Bréfritari: Jónatan Þorláksson
Viðtakandi: Jón Borgfirðings Jónsson
Dagsetning: A-1868-09-13
Skrifað á: Þórðarstöðum  S-Þing.

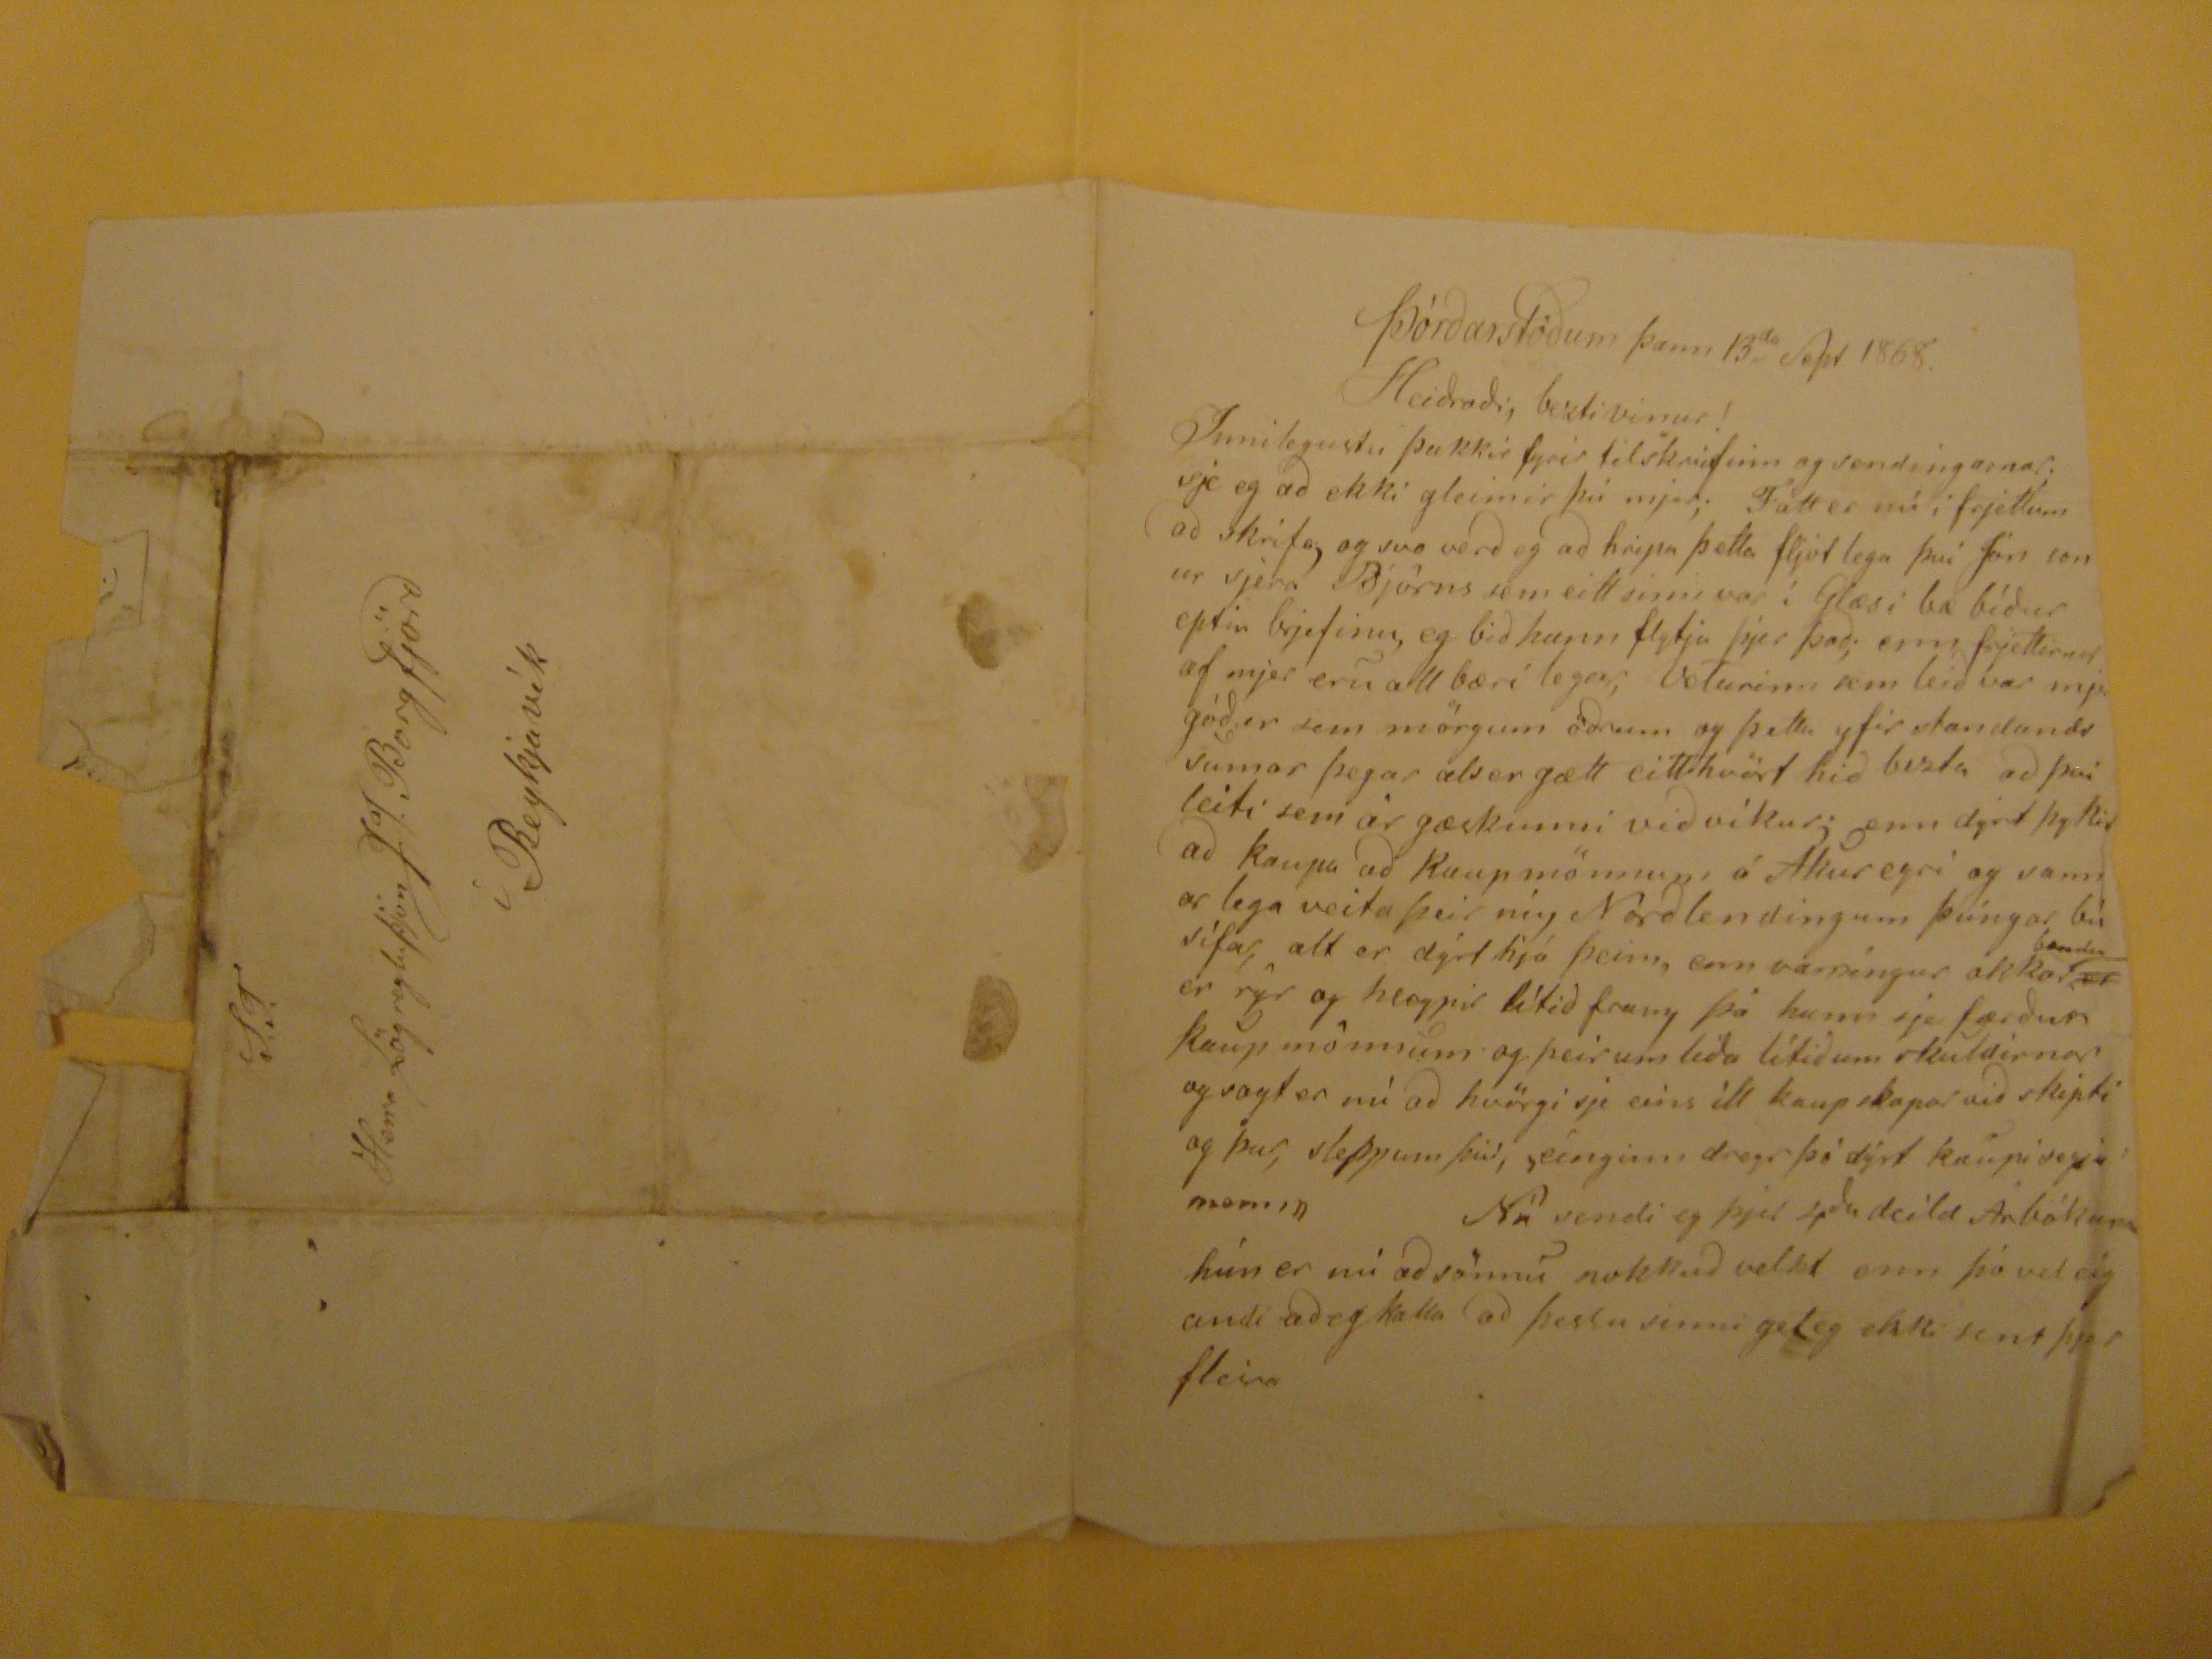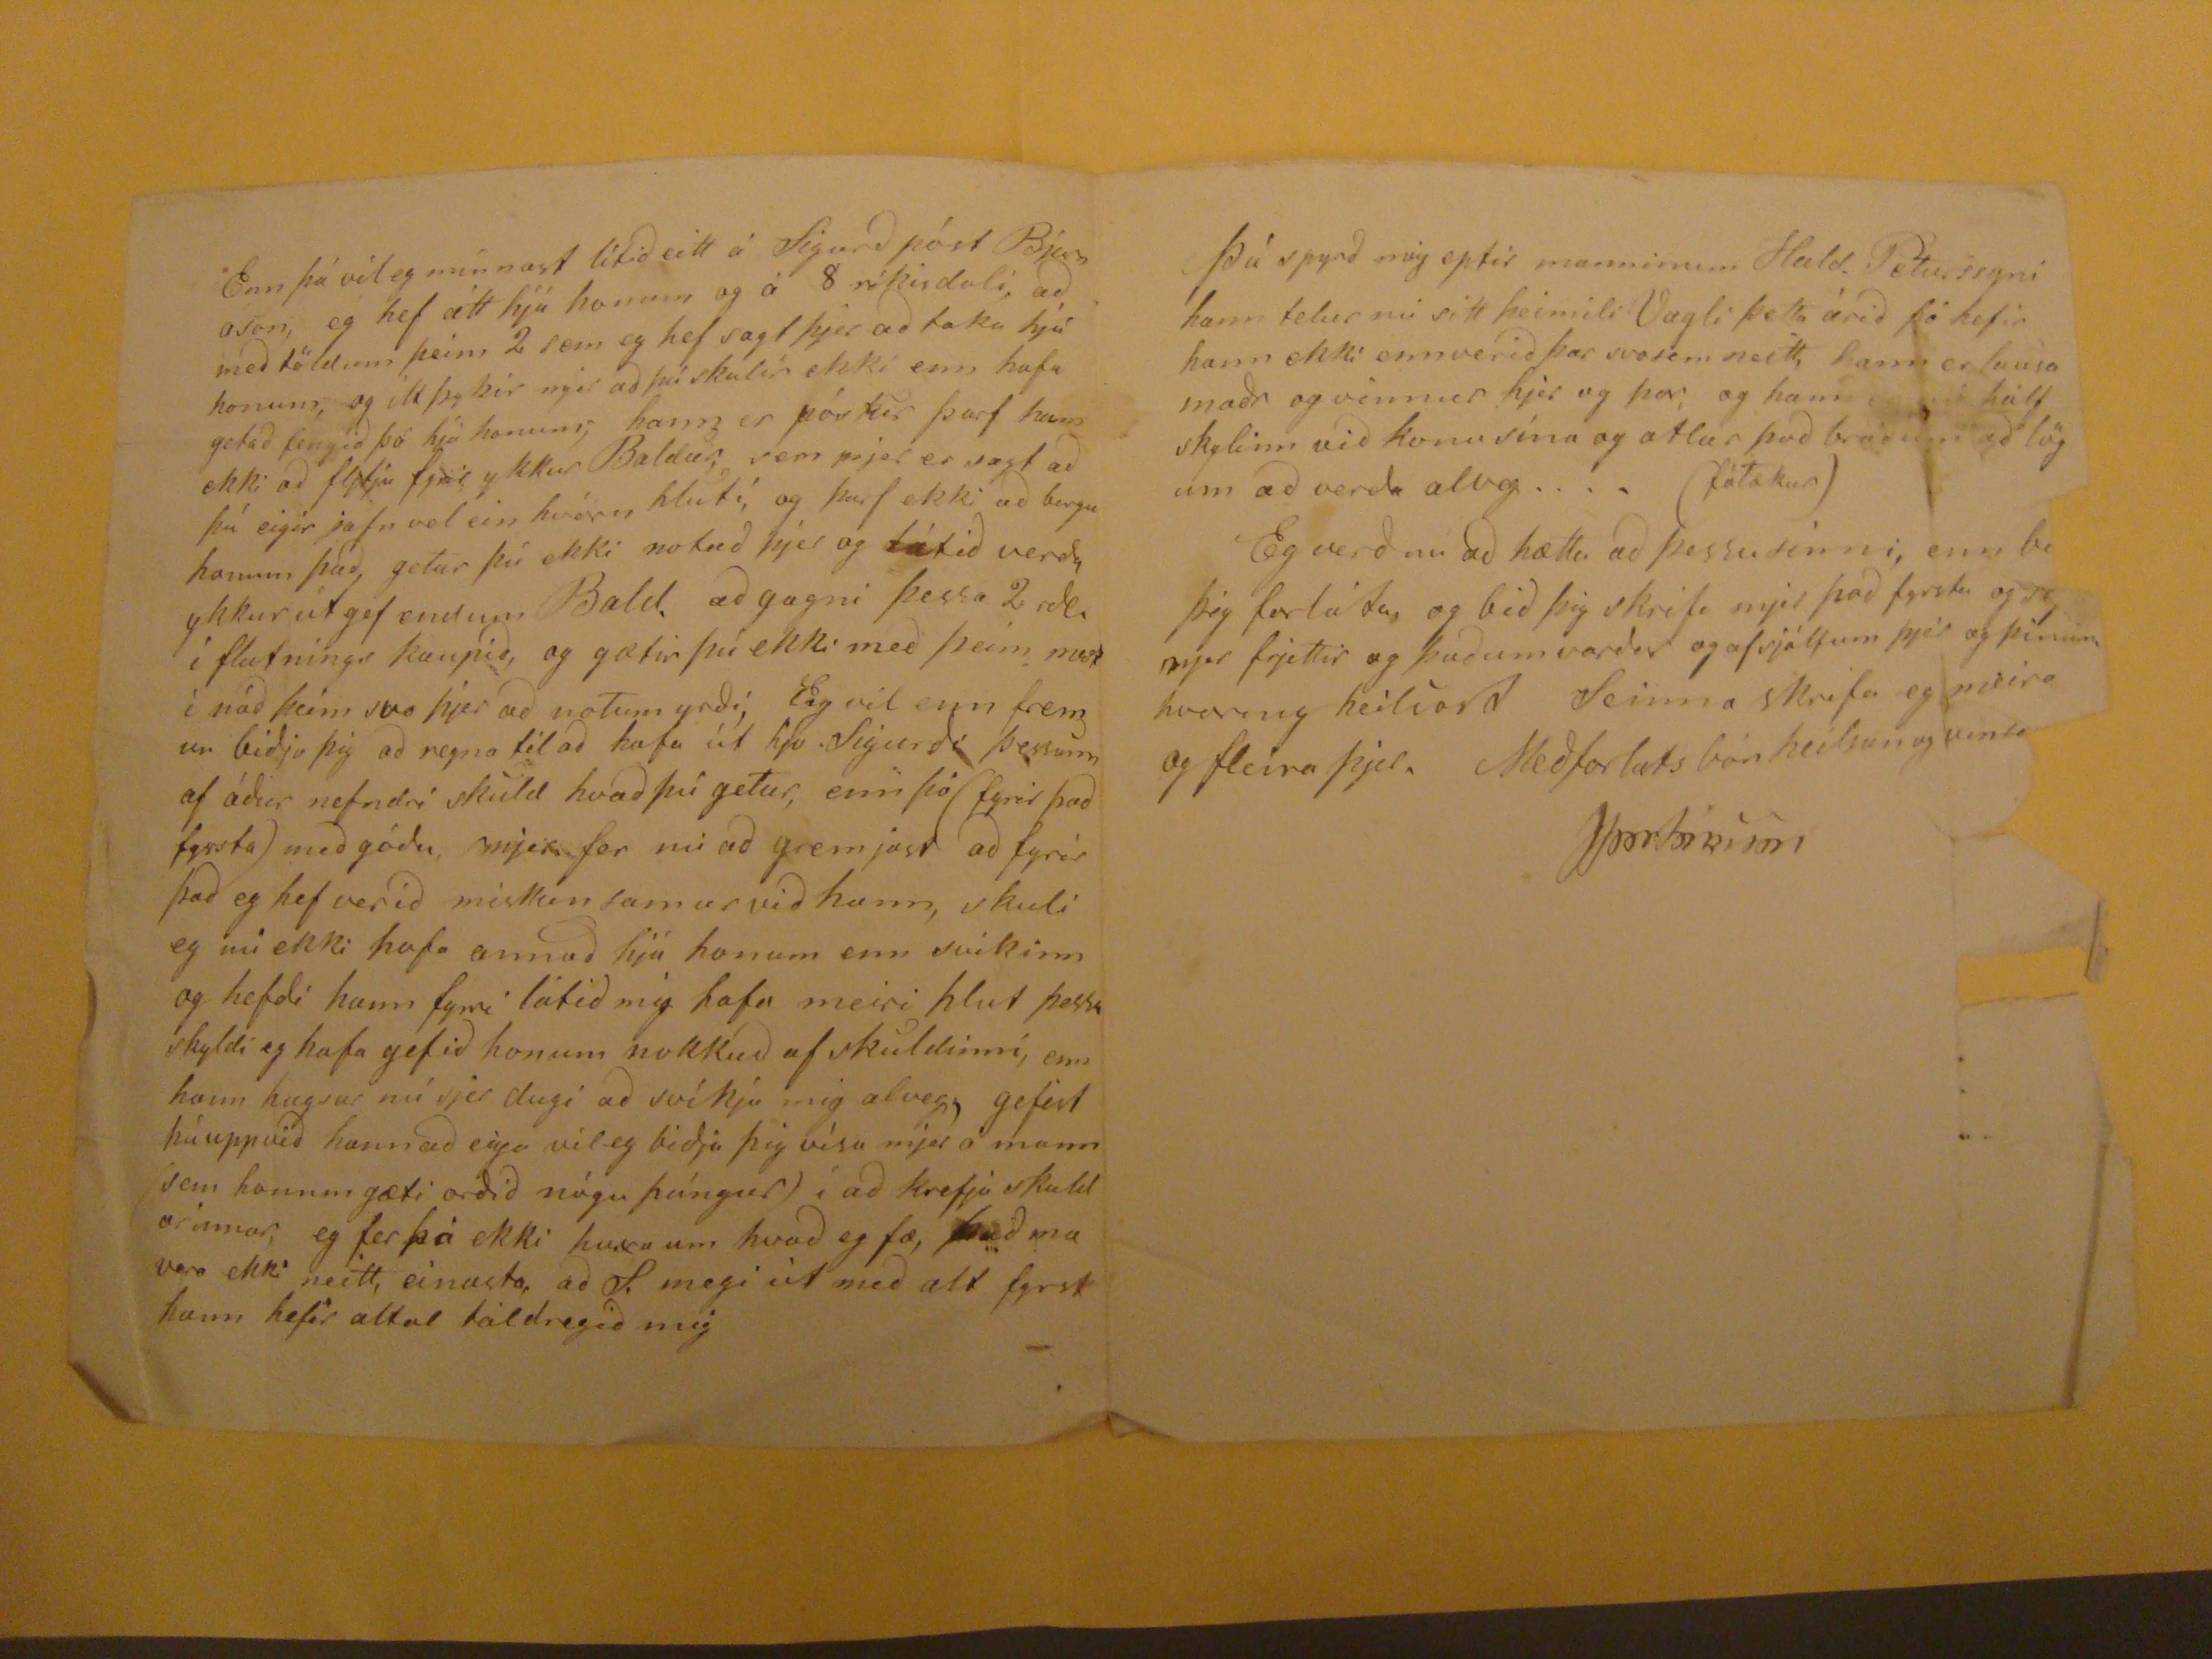

Þórðarstöðum þann 13
da
Sepr 1868
Heiðraði, bezti vinur!
Innilegustu þakkir fyrir tilskrifinn og sendingarnar; sje eg að ekki gleimir þú mjer; Fátt er nú i frjettum að skrifa, og svo verð eg að hripa þetta fljótlega því Jón sonur sjera Björns sem eitt sinni var i Glæsi bæ bíður eptir brjefinu, eg bið hann flytja þjer það; enn frjettirnar af mjer eru all bæri legar, Veturinn sem leið var
mj
góður sem mörgum öðrum og þetta yfir standandi sumar þegar als er gætt eitthvört hið bezta að því leiti sem ár gæskunni við víkur; enn dýrt þykir að kaupa að Kaupmönnum á Akureyri og sannarlega veita þeir
níy
Norðlendingum þúngar búsífar, alt er dýrt hjá þeim, enn varningur okkar
bænda
er
er rýr og
heoypir
lítið
frung
þá hann sje færður kaupmönnum og þeir um liða lítið um skuldirnar og sagt er nú að hvörgi sje eins ill kaup skapar við skipti og þar, sleppum þið, "eínginn dregr þó dýrt kaupi segja menn Nú sendi eg þjer 4
ða
deild Árbókanna hún er nú að sönnu nokkuð velkt enn þó vel eigandi að eg kalla að þessu sinni get eg ekki sent þjer fleira
Enn þá vil eg minnast lítið eitt á Sigurð póst Bjarnason, eg hef átt hjá honum og á 8 rikisdali, að með t0ldum þeim 2 sem eg hef sagt þjer að taka hjá honum, og ilt þykir mjer að þú skulir ekki enn hafa getað fengið þó hjá honum; hann er póstur þarf hann ekki að flytja fjár ykkar Baldur, sem mjer er sagt að þú eigir jafn vel ein hvörn hlutí, og þarf ekki að borga honum það, getur þú ekki notað þjer og látið verða ykkur útgefendum Bald, að gagni þessa 2 rdl. í flutnings kaupið, og gætir þú ekki með þeim
nost
í náð þeim svo þjer að notum yrði, Eg vil enn fremur biðja þig að reyna til að hafa út hjá Sigurði þessum af áður nefndri skuld hvað þú getur, enn þó (fyrir það fyrsta) með góðu, mjer fer nú að gremast að fyrir það eg hef verið miskunsamur við hann, skuli eg nú ekki hafa annað hjá honum enn svikinn og hefði hann fyrri látið mig hafa meiri hlut þessa skyldi eg hafa gefið honum nokkuð af skuldinní, enn hann hugsar nú sjer dugi að svíkja mig alveg, gefist þú upp við hann að eiga vil eg biðja þig vísa mjer á mann (sem honum gæti orðið nógu þúngur) í að krefja skuldarinnar, eg fer þá ekki huxa um hvað eg fæ, það ma vera ekki neitt, einusta, að S. megi út með alt fyrst hann hefir altað táldregið mig
Þú spyrð mig eptir manninum Hald. Péturssyni hann telur nú sitt heimili Vagli þetta árið þó hefir hann ekki enn verið þar svo sem neitt, hann er husamaðr og vinnur hjer og þar, og hann
eg nú hálf
skylinn við konu sína og aftur það bráðum að lögum að verða alveg .... (fátækur) Eg verður að hætta að þessu sinni, enn
bið
þig forláta, og bið þig skrifa mjer það fyrsta og
segja
mjer frjettir og þaðum verður og af sjálfum þjer og þínum hvurnig heilsast Seinna skrifa eg meira og fleira þjer. Með forlats bón heilsan og
vinta
JÞorláksson
S.T.
Herra Lögregluþjón J.J. Borgfjörð
í Reykjavík